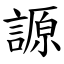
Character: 謜